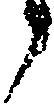
候